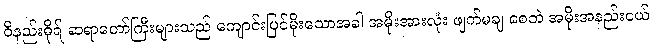
ဝိနည်းဓိုရ် ဆရာတော်ကြီးများသည် ကျောင်းပြင်မိုးသောအခါ အမိုးအားလုံး ဖျက်မချ စေဘဲ အမိုးအနည်းငယ်